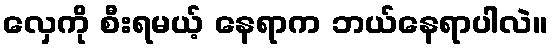
လှေကို စီးရမယ့် နေရာက ဘယ်နေရာပါလဲ။